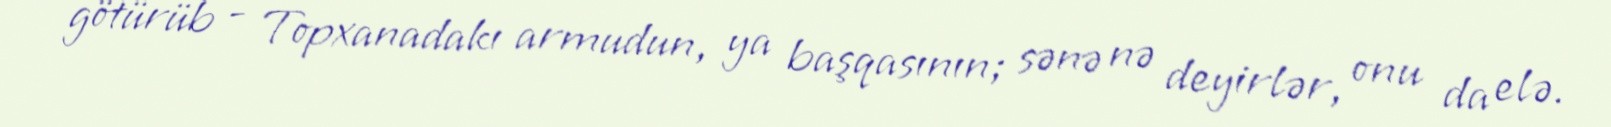
götürüb - Topxanadakı armudun, ya başqasının; sənə nə deyirlər, onu da elə.